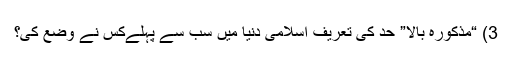
3) “مذکورہ بالا” حد کی تعریف اسلامی دنیا میں سب سے پہلےکس نے وضع کی؟